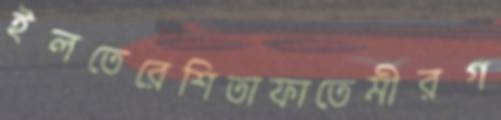
ইলতেরেশিতাফাতেমীরগ